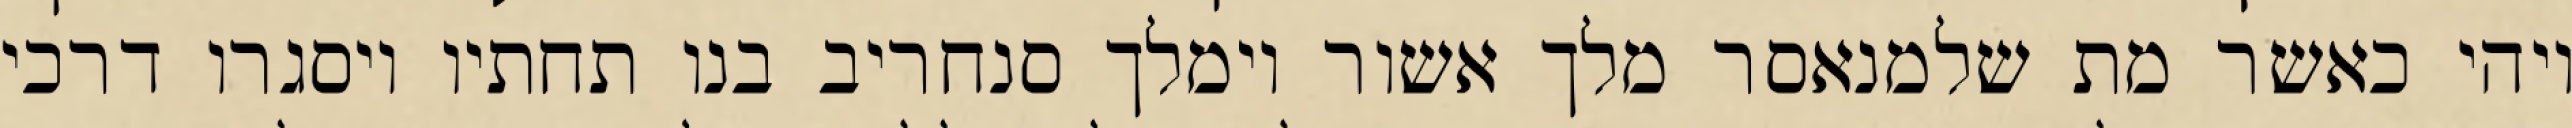
ויהי כאשר מת שלמנאסר מלך אשור וימלך סנחריב בנו תחתיו ויסגרו דרכי